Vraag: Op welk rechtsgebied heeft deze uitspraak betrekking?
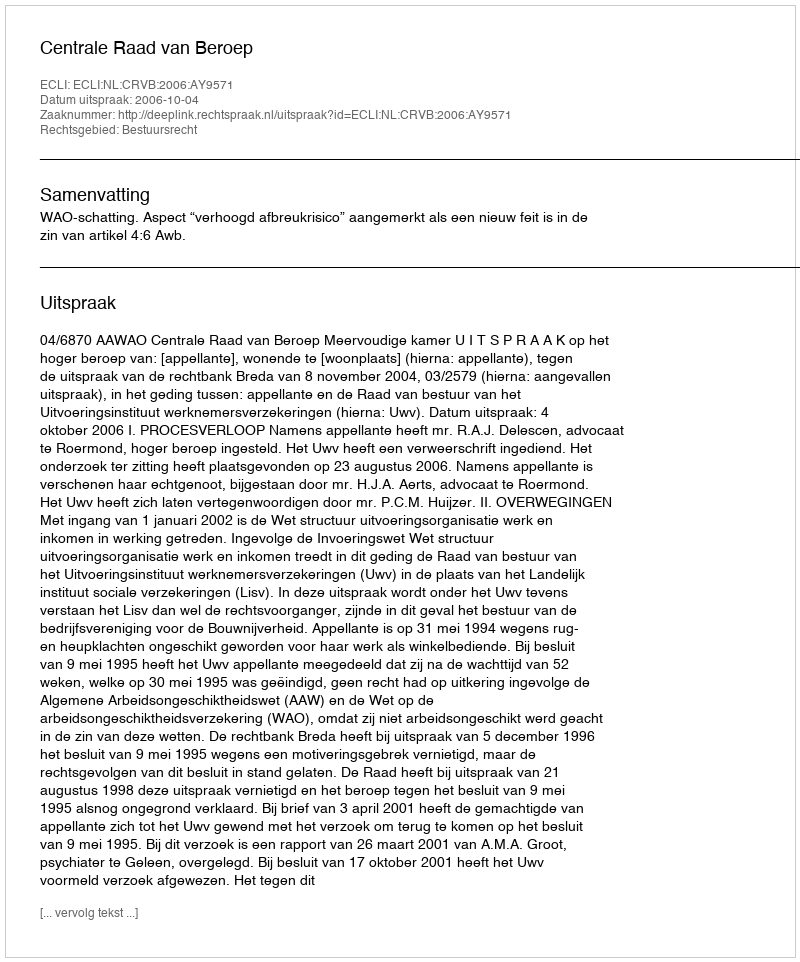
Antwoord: Bestuursrecht